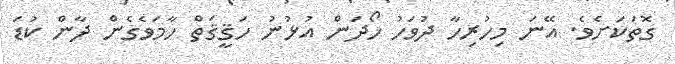
ގޮތަކަށެވެ. އޭނަ މިހުރިހާ ދުވަހު ހޯދަން އުޅުނު ހަޤީޤަތް ހާމަވެގެން ދާން ކުޑަ